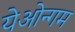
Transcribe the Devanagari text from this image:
येओन्गम